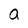
Character: a